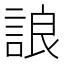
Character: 誏